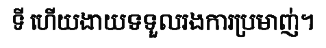
ទី ហើយងាយទទួលរងការប្រមាញ់។